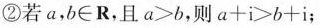
②若a，b\in R，且$$a > b$$，则$$a + i > b + i$$；